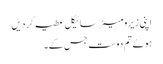
اپنی زیرو میٹر سائیکل عطیہ کر دیں
ہوئے تم دوست جس کے۔